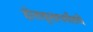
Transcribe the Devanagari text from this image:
होरावृत्तापर्यंतचे